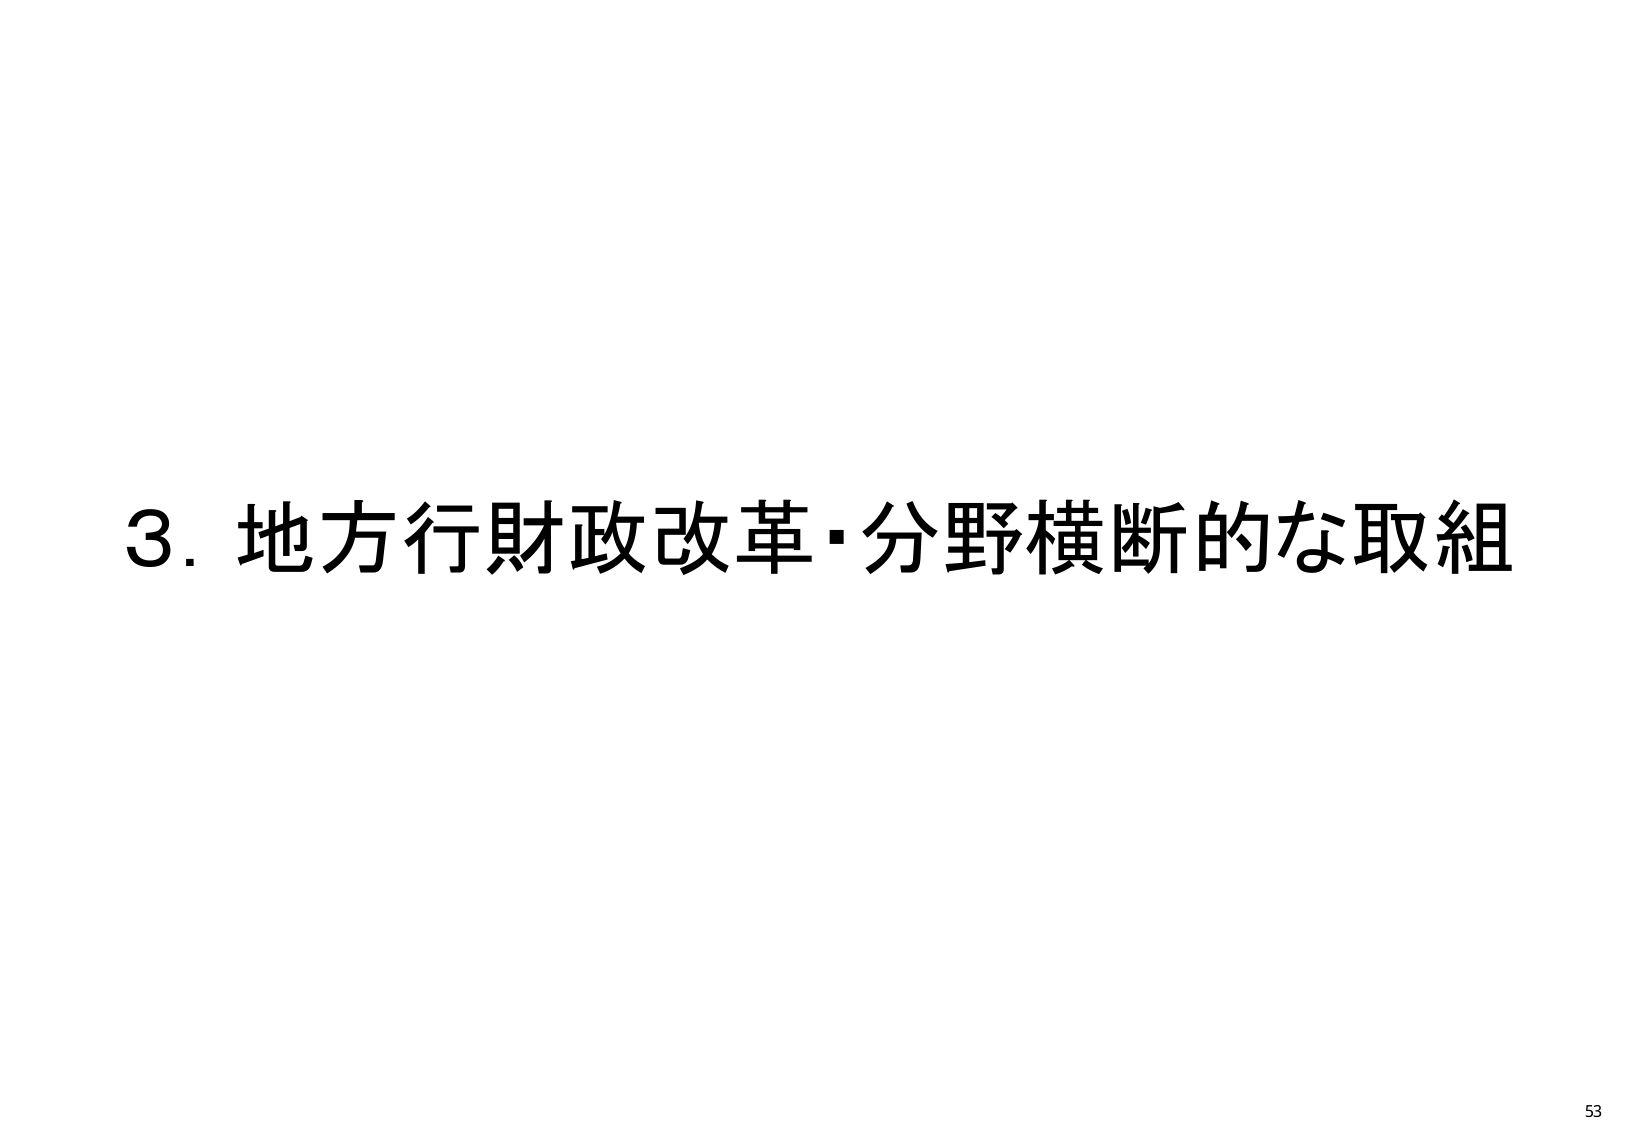
3. 地方行財政改革・分野横断的な取組
53